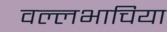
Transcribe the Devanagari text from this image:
वल्लभाचिया